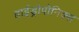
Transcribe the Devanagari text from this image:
हाईड्रोपोनिक्स